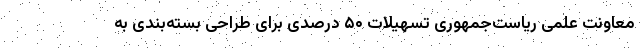
معاونت علمی ریاست‌جمهوری تسهیلات ۵۰ درصدی برای طراحی بسته‌بندی به